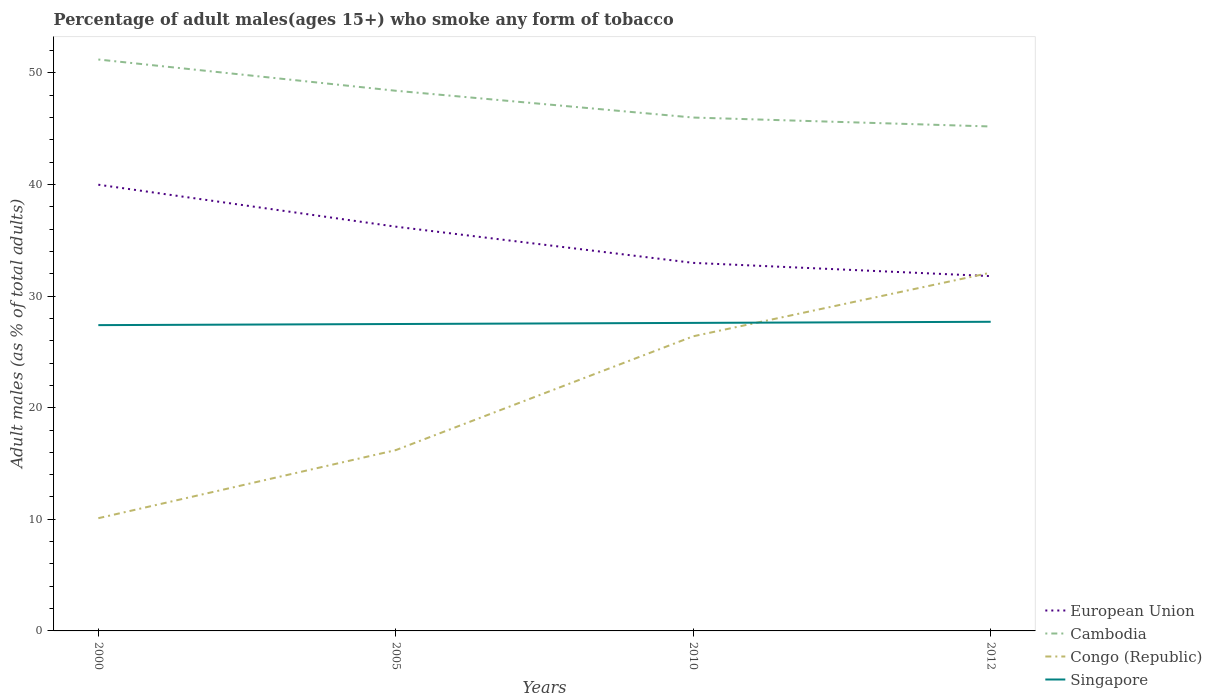
| Years | European Union | Cambodia | Congo (Republic) | Singapore |
 | --- | --- | --- | --- | --- |
 | 2000 | 40 | 51.2 | 10.1 | 27.4 |
 | 2005 | 36.2 | 48.4 | 16.2 | 27.5 |
 | 2010 | 33 | 46 | 26.4 | 27.6 |
 | 2012 | 31.8 | 45.2 | 32.1 | 27.7 |